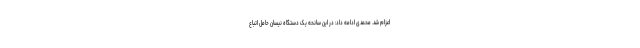
اعزام شد. محمدی ادامه داد: در این سانحه یک دستگاه نیسان حامل اتباع